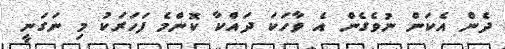
ދެން އެކަން ނުވެގެން އެ ވާހަކަ ދައްކާ ކޮންމެ ފަހަރަކު މި ނަގަނީ